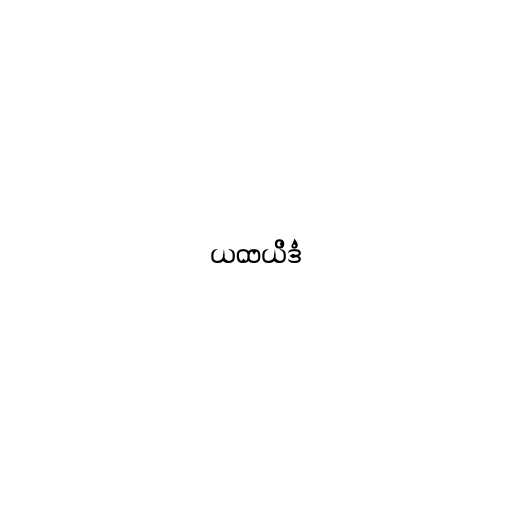
ယထယိဒံ